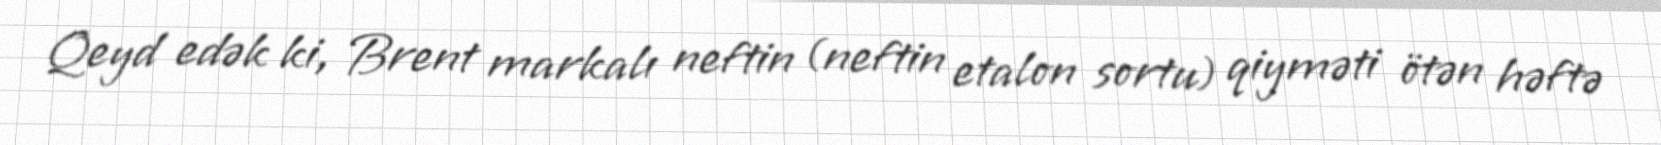
Qeyd edək ki, Brent markalı neftin (neftin etalon sortu) qiyməti ötən həftə